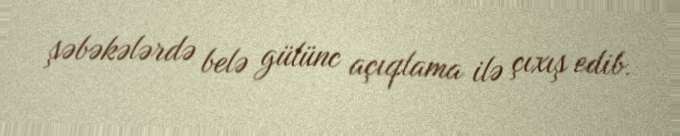
şəbəkələrdə belə gülünc açıqlama ilə çıxış edib.